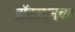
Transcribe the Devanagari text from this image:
प्रॉडक्शनचा